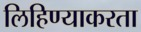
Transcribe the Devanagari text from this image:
लिहिण्याकरता